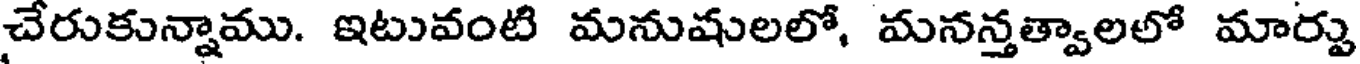
చేరుకున్నాము. ఇటువంటి మనుషులలో, మనన్తత్వాలలో మార్పు